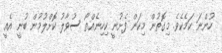
ހުންނަ ކަމެކެވެ. މިގޮތުން މިކަން ފެށުނީ ކިހިނެއްތޯ ސުވާލު ކޮށްލުމުން ބުނީ އެއީ